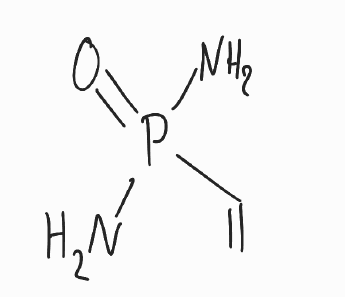
Simplified molecular-input line-entry system (SMILES) notation of the given molecule:
C=CP(=O)(N)N